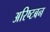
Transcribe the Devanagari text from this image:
अरिष्टबन